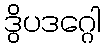
ဒွိပဒဂ္ဂေါ